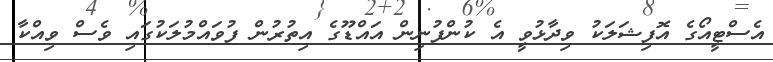
އެސްޓީއޯގެ އޮފިޝަލަކު ވިދާޅުވީ އެ ކުންފުނިން އައްޑޫގެ އިތުރުން ފުވައްމުލަކުގައި ވެސް ވިއްކާ